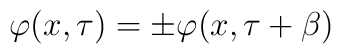
\varphi(x,\tau)=\pm\varphi(x,\tau+\beta)